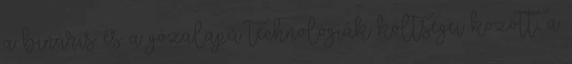
a bináris és a gőzalapú technológiák költségei között, a